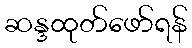
ဆန္ဒထုတ်ဖော်ရန်